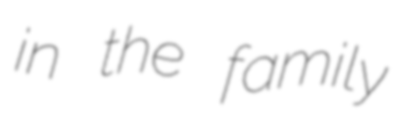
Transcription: in the family